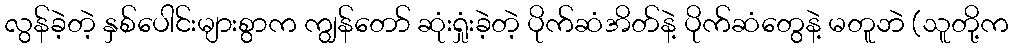
လွန်ခဲ့တဲ့ နှစ်ပေါင်းများစွာက ကျွန်တော် ဆုံးရှုံးခဲ့တဲ့ ပိုက်ဆံအိတ်နဲ့ ပိုက်ဆံတွေနဲ့ မတူဘဲ (သူတို့က